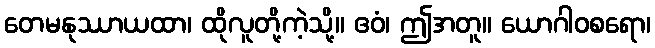
တေမနုဿာယထာ၊ ထိုလူတို့ကဲ့သို့။ ဧဝံ၊ ဤအတူ။ ယောဂါဝစရော၊